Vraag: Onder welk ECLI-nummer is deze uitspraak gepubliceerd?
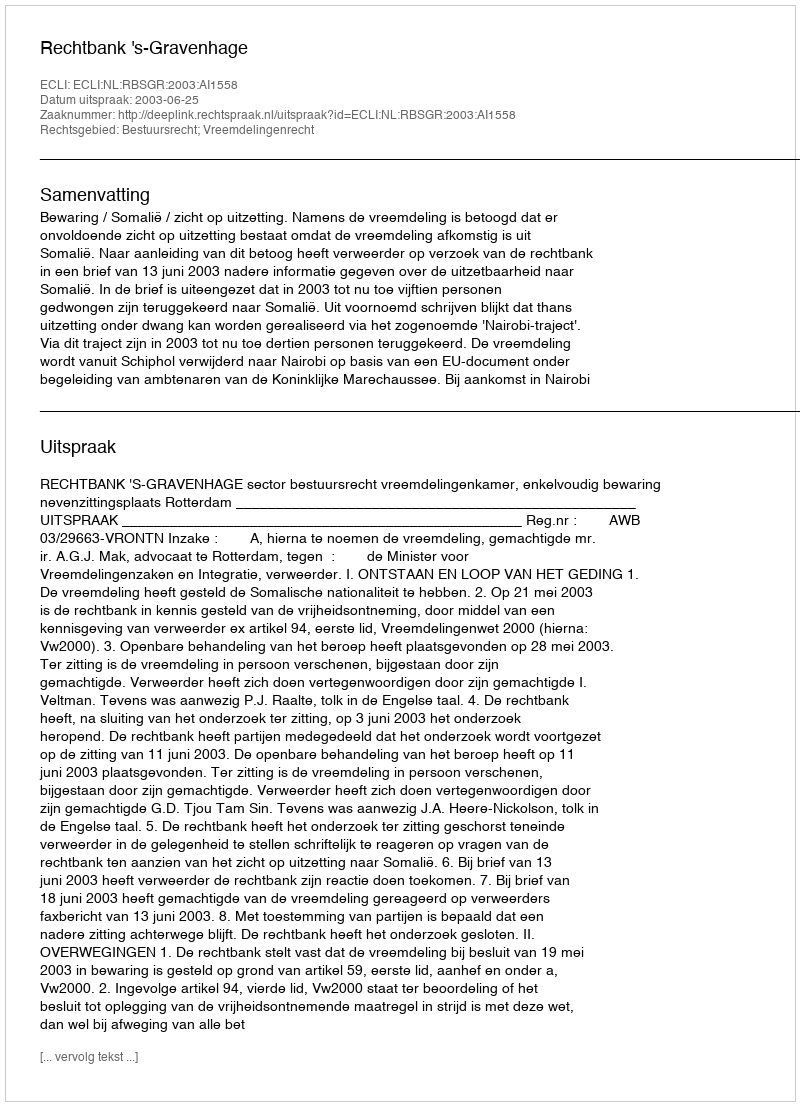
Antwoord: ECLI:NL:RBSGR:2003:AI1558